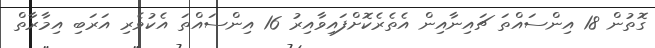
ގޮތުން 18 އިންސައްތަ ޗައިނާއިން އެތެރެކޮށްފައިވާއިރު 16 އިންސައްތަ އެކުވެރި އަރަބި އިމާރާތް